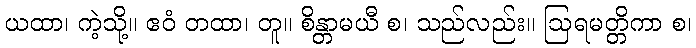
ယထာ၊ ကဲ့သို့။ ဧဝံ တထာ၊ တူ။ စိန္တာမယီ စ၊ သည်လည်း။ ဩရမတ္တိကာ စ၊